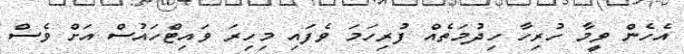
އެހެން ވީމާ ހުރިހާ ހިދުމަތެއް ފުރިހަމަ ވެފައި މިހިރަ ވައިޓްހައުސް އަށް ވެސް